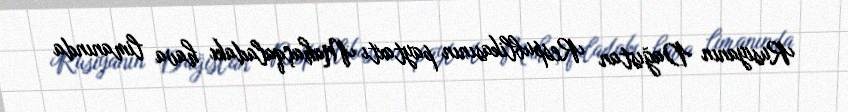
Rusiyanın Dağıstan Respublikasının paytaxtı Mahaçqaladakı hava limanında